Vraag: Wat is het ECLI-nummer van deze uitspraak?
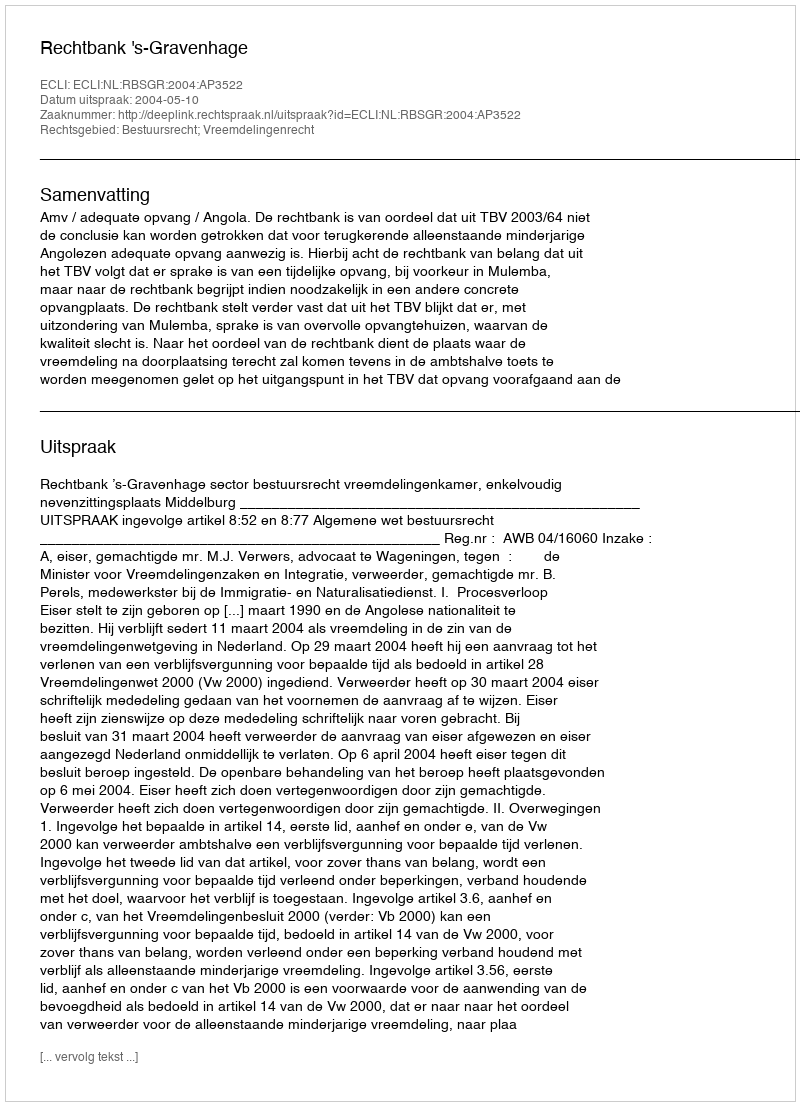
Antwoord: ECLI:NL:RBSGR:2004:AP3522